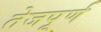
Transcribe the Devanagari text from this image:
तेजपूर्ण